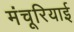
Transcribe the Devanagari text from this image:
मंचूरियाई